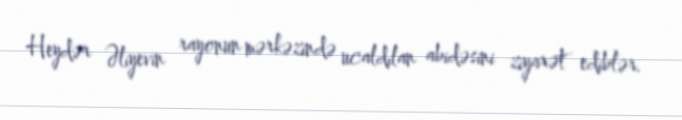
Heydər Əliyevin rayonun mərkəzində ucaldılan abidəsini ziyarət ediblər.